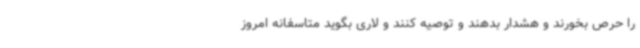
را حرص بخورند و هشدار بدهند و توصیه کنند و لاری بگوید متاسفانه امروز